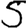
Digit: 5